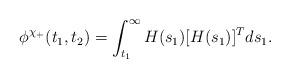
LaTeX: \begin{align*}\phi^{\chi_+}(t_{1}, t_{2})=\int_{t_1}^{\infty} H(s_{1})[H(s_{1})]^T ds_{1}.\end{align*}